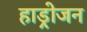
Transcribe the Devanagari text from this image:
हाड्रोजन